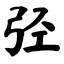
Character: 弪